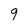
Character: 9